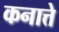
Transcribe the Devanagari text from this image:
कनात्ते